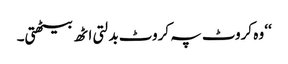
‘‘ وہ کروٹ پہ کروٹ بدلتی اٹھ بیٹھتی۔